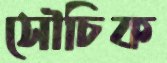
সৌচিক